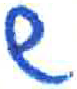
אות: ש